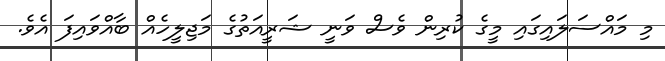
މި މައްސަލައިގައި މީގެ ކުރިން ވެސް ވަނީ ޝަރީއަތުގެ މަޖިލީހެއް ބާއްވައިފަ އެވެ.